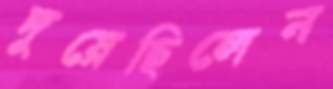
দুয়েছিলেন